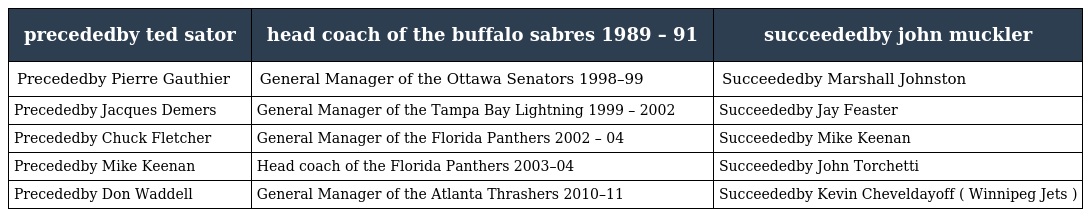
| precededby ted sator | head coach of the buffalo sabres 1989 – 91 | succeededby john muckler |
 | --- | --- | --- |
 | Precededby Pierre Gauthier | General Manager of the Ottawa Senators 1998–99 | Succeededby Marshall Johnston |
 | Precededby Jacques Demers | General Manager of the Tampa Bay Lightning 1999 – 2002 | Succeededby Jay Feaster |
 | Precededby Chuck Fletcher | General Manager of the Florida Panthers 2002 – 04 | Succeededby Mike Keenan |
 | Precededby Mike Keenan | Head coach of the Florida Panthers 2003–04 | Succeededby John Torchetti |
 | Precededby Don Waddell | General Manager of the Atlanta Thrashers 2010–11 | Succeededby Kevin Cheveldayoff ( Winnipeg Jets ) |